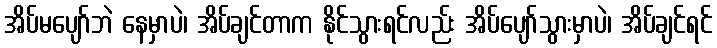
အိပ်မပျော်ဘဲ နေမှာပဲ၊ အိပ်ချင်တာက နိုင်သွားရင်လည်း အိပ်ပျော်သွားမှာပဲ၊ အိပ်ချင်ရင်